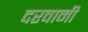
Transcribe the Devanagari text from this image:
दरवानी